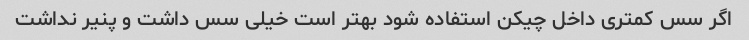
اگر سس کمتری داخل چیکن استفاده شود بهتر است خیلی سس داشت و پنیر نداشت